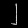
Digit: ၂